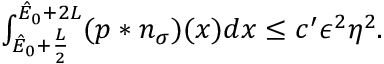
\begin{array} { r } { \int _ { \hat { E } _ { 0 } + \frac { L } { 2 } } ^ { \hat { E } _ { 0 } + 2 L } ( p \ast n _ { \sigma } ) ( x ) d x \leq c ^ { \prime } \epsilon ^ { 2 } \eta ^ { 2 } . } \end{array}